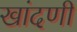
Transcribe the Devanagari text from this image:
खांदणी